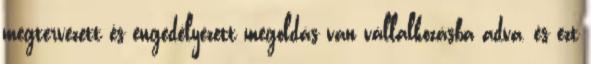
megtervezett és engedélyezett megoldás van vállalkozásba adva, és ezt